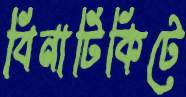
বিনাটিকিটে